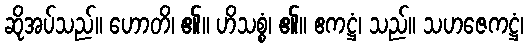
ဆိုအပ်သည်။ ဟောတိ၊ ၏။ ဟိသစ္စံ၊ ၏။ ဧကဋ္ဌံ၊ သည်။ သဟဇေကဋ္ဌံ၊